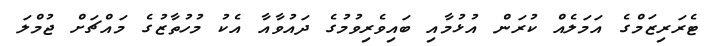
ޓެރަރިޒަމްގެ އަމަލެއް ކުރަން އުޅުމާއި ބައިވެރިވުމުގެ ދައުވާއާ އެކު މުހުތާޒުގެ މައްޗަށް ޖުމްލަ